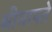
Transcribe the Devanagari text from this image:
श्रीमापते